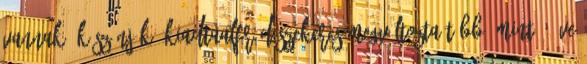
vannak. Köszönjük. KiadtaAlfréd Szekeres Megváltozta több, mint 3 éve